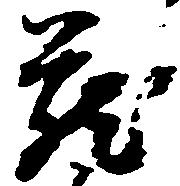
蔵